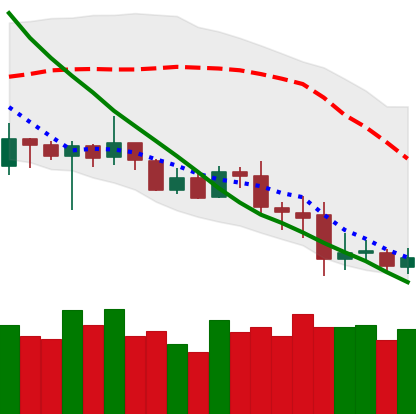
Ticker: XRP-USD
Chart end date: 2020-07-01
Forward return: 6.549%
Label: up_5_7